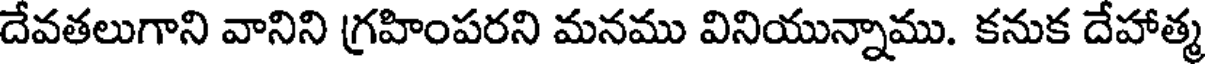
దేవతలుగాని వానిని గ్రహింపరని మనము వినియున్నాము. కనుక దేహాత్మ